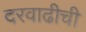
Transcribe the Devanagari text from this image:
दरवाढीची